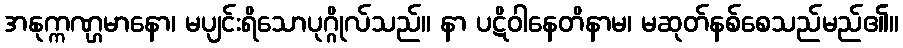
အနုက္ကဏ္ဌမာနော၊ မပျင်းရိသောပုဂ္ဂိုလ်သည်။ နာ ပဋိဝါနေတိနာမ၊ မဆုတ်နစ်စေသည်မည်၏။